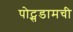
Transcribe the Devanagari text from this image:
पोट्सडामची